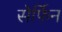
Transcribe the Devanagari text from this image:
सेर्फिन